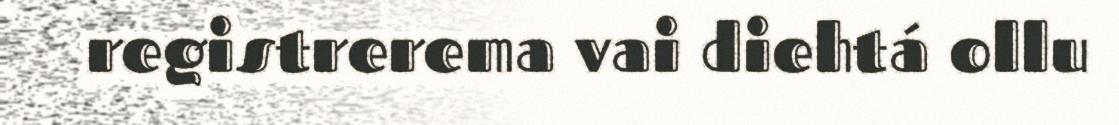
registrerema vai diehtá ollu